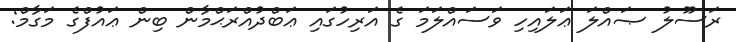
ރަސޫލު ޞައްލަ ޢަލައިހި ވަސައްލަމަ ގެ އަރިހުގައި ޢަބްދުއްރަޙްމާން ބިން ޢައުފްގެ މަގާމް: